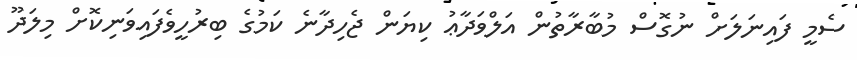
ސެމީ ފައިނަލަށް ނުގޮސް މުބާރާތުން އަލްވަދާޢު ކިޔަން ޖެހިދާނެ ކަމުގެ ބިރުހީވެފައިވަނިކޮށް މިލަދޫ